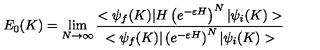
E _ { 0 } ( K ) = \lim _ { N \rightarrow \infty } \frac { < \psi _ { f } ( K ) | H \left( e ^ { - \varepsilon H } \right) ^ { N } | \psi _ { i } ( K ) > } { < \psi _ { f } ( K ) | \left( e ^ { - \varepsilon H } \right) ^ { N } | \psi _ { i } ( K ) > }